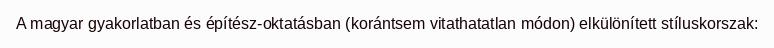
A magyar gyakorlatban és építész-oktatásban (korántsem vitathatatlan módon) elkülönített stíluskorszak: